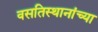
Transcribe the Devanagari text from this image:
वसतिस्थानांच्या